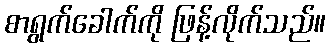
စာရွက်ခေါက်ကို ဖြန့်လိုက်သည်။